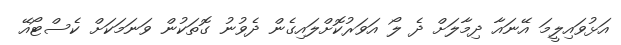
އަޅުވައިލީމަ އޭނައާ ދިމާލަށް ދެ ލޯ އަވަރުކޮށްލައިގެން ދެވުނު ގޮތަކުން ވަނަމަކަށް ކެސްޓޯއޭ